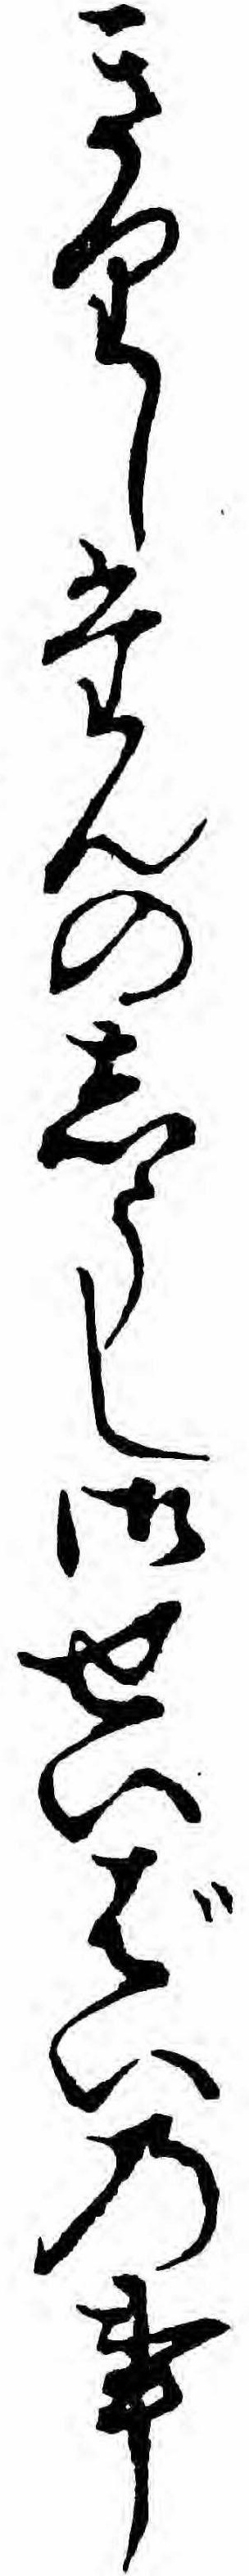
きりしたんのしうし御せいばいの事